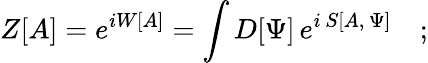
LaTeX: Z[A]=e^{iW[A]}=\int D[\Psi]\, e^{i\, S[A,\, \Psi]}\quad;